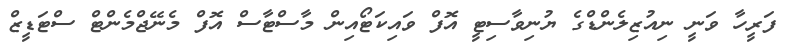
ފަރީހާ ވަނީ ނިއުޒިލެންޑްގެ ޔުނިވާސިޓީ އޮފް ވައިކަޓޯއިން މާސްޓާސް އޮފް މެނޭޖްމެންޓް ސްޓަޑީޒް